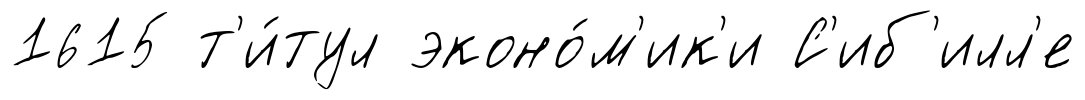
1615 т'и́тул эконо́м'ик'и С'иб'илл'е